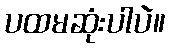
ပထမဆုံးပါပဲ။